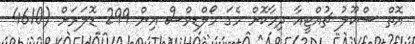
އޮތް ސްކޫލު ޗުއްޓީއާ ދިމާކޮށް މެގަ މޯލްޑިވްސް އިން 299 ޑޮލަރަށް (4610